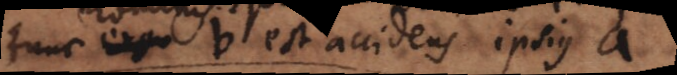
ergo b est accidens ipsius a